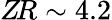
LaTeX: Z\! R\sim 4.2